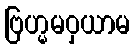
ဗြဟ္မမဝှယာမ